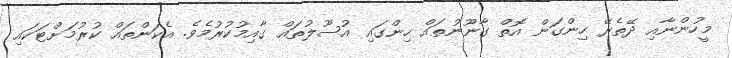
މީހުންނާއި ދޭތެރޭ ހިންގަން އޮތް ގާނޫނުތައް ހިންގައި އުސޫލުތައް ގާއިމުކުރުމެވެ. އެކަންތައް ކުރުމަށްޓަކައި